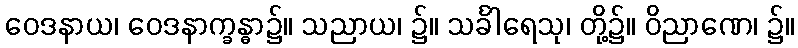
ဝေဒနာယ၊ ဝေဒနာက္ခန္ဓာ၌။ သညာယ၊ ၌။ သင်္ခါရေသု၊ တို့၌။ ဝိညာဏေ၊ ၌။